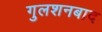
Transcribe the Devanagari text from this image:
गुलशनबाद